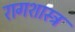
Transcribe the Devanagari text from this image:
रागशास्त्र